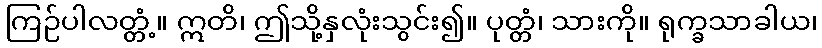
ကြဉ်ပါလတ္တံ့။ ဣတိ၊ ဤသို့နှလုံးသွင်း၍။ ပုတ္တံ၊ သားကို။ ရုက္ခသာခါယ၊